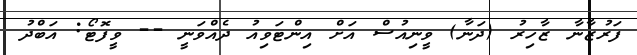
ފަރުޒާނާ ޒާހިރު (ދަނާ) ވީނިއުސް އަށް އިންޓަވިއު ދެއްވަނީ -- ވީފޮޓޯ: އަބްދު